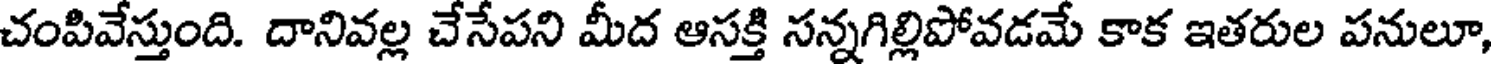
చంపివేస్తుంది. దానివల్ల చేసేపని మీద ఆసక్తి సన్నగిల్లిపోవడమే కాక ఇతరుల పనులూ,